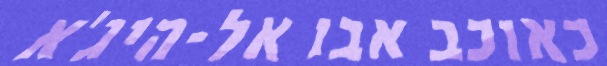
כאוכב אבו אל-היג'א